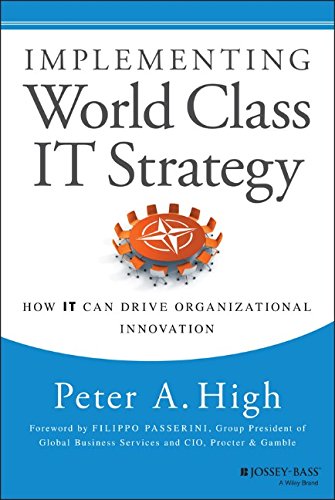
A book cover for Implementing World Class IT Strategy: How IT Can Drive Organizational Innovation; Peter A. High; Business & Money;